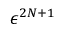
\epsilon ^ { 2 N + 1 }